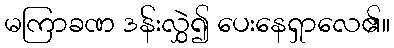
မကြာခဏ ဒန်းလွှဲ၍ ပေးနေရှာလေ၏။